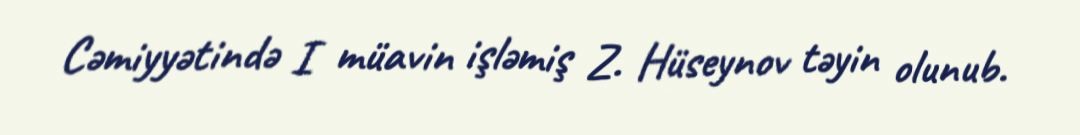
Cəmiyyətində I müavin işləmiş Z. Hüseynov təyin olunub.